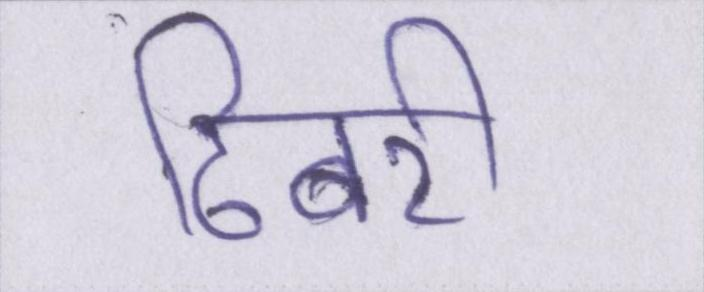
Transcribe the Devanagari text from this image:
ढिबरी